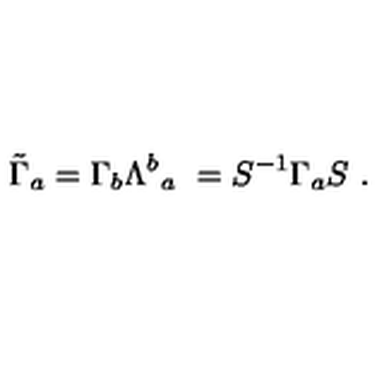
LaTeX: \tilde { \Gamma } _ { a } = \Gamma _ { b } \Lambda ^ { b } { } _ { a } \ = S ^ { - 1 } \Gamma _ { a } S \ .